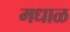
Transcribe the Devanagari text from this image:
मधाळ